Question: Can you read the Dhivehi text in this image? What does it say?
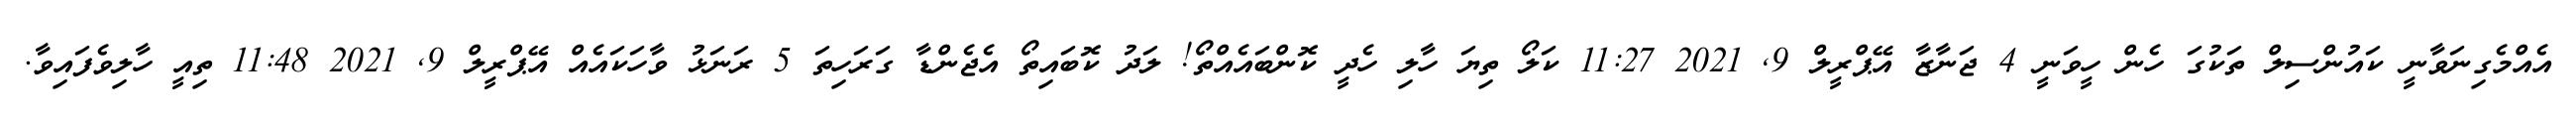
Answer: އެއްމެގިނަވާނީ ކައުންސިލް ތަކުގަ ހެން ހީވަނީ 4 ޖަނާޒާ އޭޕްރީލް 9, 2021 11:27 ކަލޯ ތިޔަ ހާލި ހެދީ ކޮންބައެއްތޯ! ލަދު ކޮބައިތޯ އެޖެންޑާ ގަރަހިތަ 5 ރަނަޅު ވާހަކައެއް އޭޕްރީލް 9, 2021 11:48 ތިއީ ހާލިވެފައިވާ.